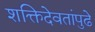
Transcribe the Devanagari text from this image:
शक्तिदेवतांपुढे